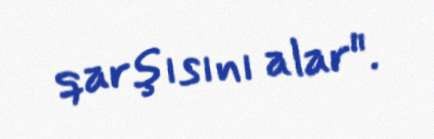
qarşısını alar".